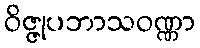
ဝိဇ္ဇုပဘာသဝဏ္ဏာ